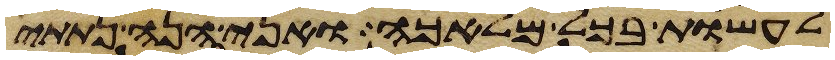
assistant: לעשות בכל מלאכה ואני הנה נתתי